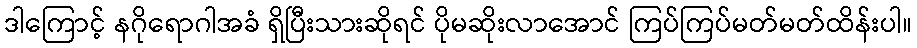
ဒါကြောင့် နဂိုရောဂါအခံ ရှိပြီးသားဆိုရင် ပိုမဆိုးလာအောင် ကြပ်ကြပ်မတ်မတ်ထိန်းပါ။